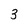
Character: 3